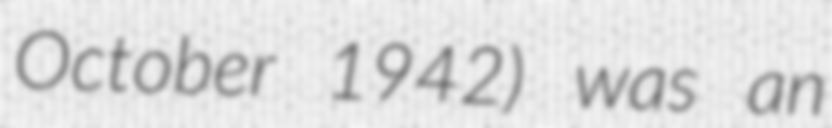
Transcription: October 1942) was an